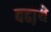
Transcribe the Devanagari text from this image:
बढा़ये